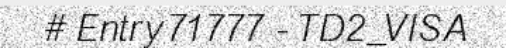
# Entry 71777 - TD2_VISA